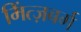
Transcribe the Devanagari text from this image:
मिंत्ज़बर्ग